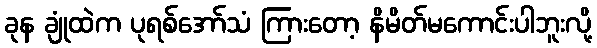
ခုန ချုံထဲက ပုရစ်အော်သံ ကြားတော့ နိမိတ်မကောင်းပါဘူးလို့